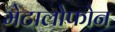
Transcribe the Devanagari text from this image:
मेटालोफोन